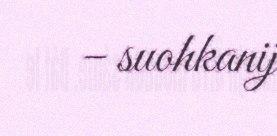
– suohkanij